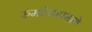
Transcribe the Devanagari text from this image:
रुमटेकप्रमाणे